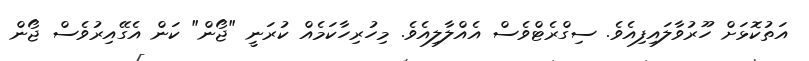
އަތުކޮޅަށް ހޫރުވާލައިފިއެވެ. ސިގްރެޓްވެސް އެއްލާލިއެވެ. މިހުރިހާކަމެއް ކުރަނީ "ޖޯން" ކަން އެގޭއިރުވެސް ޖޯން